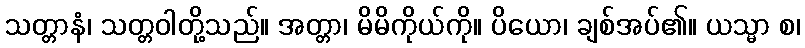
သတ္တာနံ၊ သတ္တဝါတို့သည်။ အတ္တာ၊ မိမိကိုယ်ကို။ ပိယော၊ ချစ်အပ်၏။ ယသ္မာ စ၊